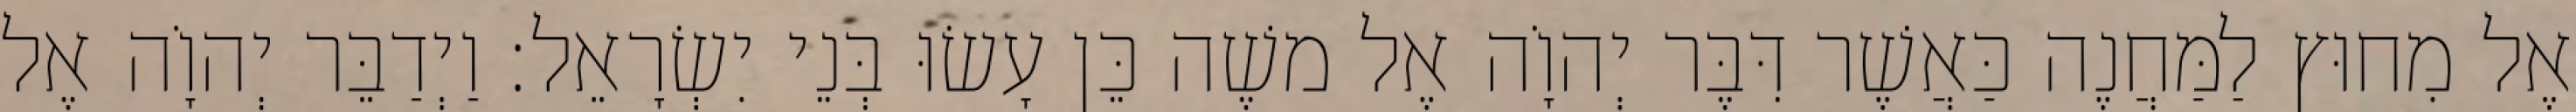
אֶל מִחוּץ לַמַּחֲנֶה כַּאֲשֶׁר דִּבֶּר יְהוָֹה אֶל משֶׁה כֵּן עָשׂוּ בְּנֵי יִשְׂרָאֵל׃ וַיְדַבֵּר יְהוָֹה אֶל